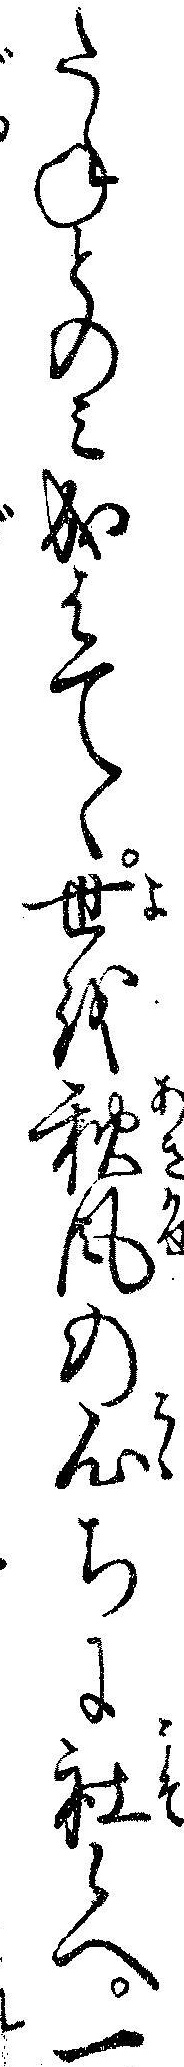
たねとのミ成はてゝ世を秋風の心ちに社候へ一